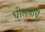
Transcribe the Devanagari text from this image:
घोलपांचे